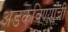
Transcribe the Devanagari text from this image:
अडकविण्याची